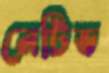
নেটিভ